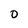
Character: 0